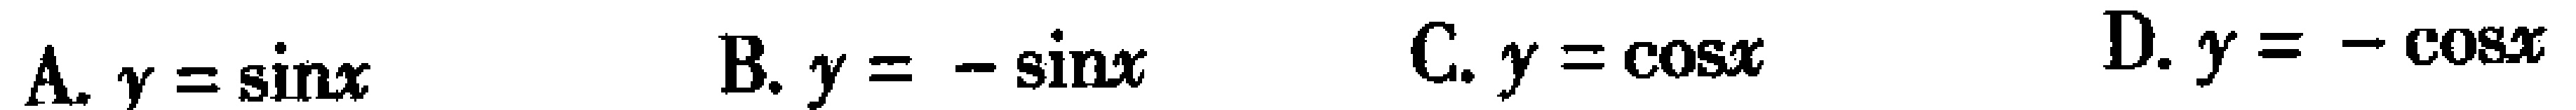
A. \(y = \sin x\)  B. \(y = -\sin x\)  C. \(y = \cos x\)  D. \(y = -\cos x\)